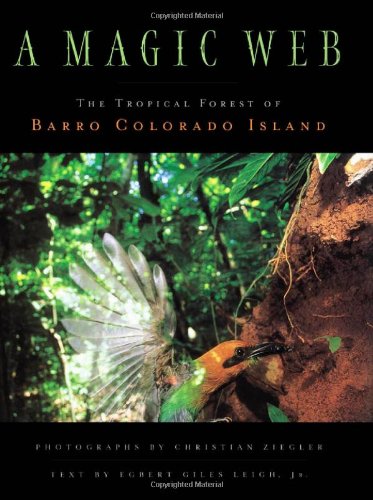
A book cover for A Magic Web: The Forest of Barro Colorado Island; Christian Ziegler; Science & Math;